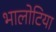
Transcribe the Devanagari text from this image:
भालोटिया